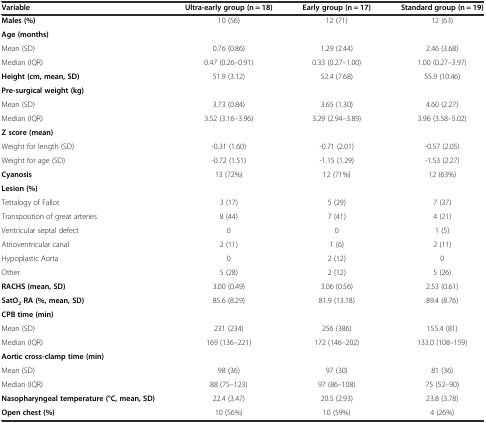
<table><thead><tr><td><b>Variable</b></td><td><b>Ultra-early group (n = 18)</b></td><td><b>Early group (n = 17)</b></td><td><b>Standard group (n = 19)</b></td></tr></thead><tbody><tr><td><b>Males (%)</b></td><td>10 (56)</td><td>12 (71)</td><td>12 (63)</td></tr><tr><td><b>Age (months)</b></td><td></td><td></td><td></td></tr><tr><td>Mean (SD)</td><td>0.76 (0.86)</td><td>1.29 (2.44)</td><td>2.46 (3.68)</td></tr><tr><td>Median (IQR)</td><td>0.47 (0.26–0.91)</td><td>0.33 (0.27–1.00)</td><td>1.00 (0.27–3.97)</td></tr><tr><td><b>Height (cm, mean, SD)</b></td><td>51.9 (3.12)</td><td>52.4 (7.68)</td><td>55.9 (10.46)</td></tr><tr><td><b>Pre-surgical weight (kg)</b></td><td></td><td></td><td></td></tr><tr><td>Mean (SD)</td><td>3.73 (0.84)</td><td>3.65 (1.30)</td><td>4.60 (2.27)</td></tr><tr><td>Median (IQR)</td><td>3.52 (3.16–3.96)</td><td>3.29 (2.94–3.89)</td><td>3.96 (3.58–5.02)</td></tr><tr><td><b>Z score (mean)</b></td><td></td><td></td><td></td></tr><tr><td>Weight for length (SD)</td><td>-0.31 (1.60)</td><td>-0.71 (2.01)</td><td>-0.57 (2.05)</td></tr><tr><td>Weight for age (SD)</td><td>-0.72 (1.51)</td><td>-1.15 (1.29)</td><td>-1.53 (2.27)</td></tr><tr><td><b>Cyanosis</b></td><td>13 (72%)</td><td>12 (71%)</td><td>12 (63%)</td></tr><tr><td><b>Lesion (%)</b></td><td></td><td></td><td></td></tr><tr><td>Tetralogy of Fallot</td><td>3 (17)</td><td>5 (29)</td><td>7 (37)</td></tr><tr><td>Transposition of great arteries</td><td>8 (44)</td><td>7 (41)</td><td>4 (21)</td></tr><tr><td>Ventricular septal defect</td><td>0</td><td>0</td><td>1 (5)</td></tr><tr><td>Atrioventricular canal</td><td>2 (11)</td><td>1 (6)</td><td>2 (11)</td></tr><tr><td>Hypoplastic Aorta</td><td>0</td><td>2 (12)</td><td>0</td></tr><tr><td>Other</td><td>5 (28)</td><td>2 (12)</td><td>5 (26)</td></tr><tr><td><b>RACHS (mean, SD)</b></td><td>3.00 (0.49)</td><td>3.06 (0.56)</td><td>2.53 (0.61)</td></tr><tr><td><b>SatO</b><sub><b>2</b></sub><b>RA (%, mean, SD)</b></td><td>85.6 (8.29)</td><td>81.9 (13.18)</td><td>89.4 (8.76)</td></tr><tr><td><b>CPB time (min)</b></td><td></td><td></td><td></td></tr><tr><td>Mean (SD)</td><td>231 (234)</td><td>256 (386)</td><td>155.4 (81)</td></tr><tr><td>Median (IQR)</td><td>169 (136–221)</td><td>172 (146–202)</td><td>133.0 (108–159)</td></tr><tr><td><b>Aortic cross-clamp time (min)</b></td><td></td><td></td><td></td></tr><tr><td>Mean (SD)</td><td>98 (36)</td><td>97 (30)</td><td>81 (36)</td></tr><tr><td>Median (IQR)</td><td>88 (75–123)</td><td>97 (86–108)</td><td>75 (52–90)</td></tr><tr><td><b>Nasopharyngeal temperature (°C, mean, SD)</b></td><td>22.4 (3.47)</td><td>20.5 (2.93)</td><td>23.8 (3.78)</td></tr><tr><td><b>Open chest (%)</b></td><td>10 (56%)</td><td>10 (59%)</td><td>4 (26%)</td></tr></tbody></table>